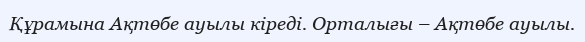
Құрамына Ақтөбе ауылы кіреді. Орталығы – Ақтөбе ауылы.